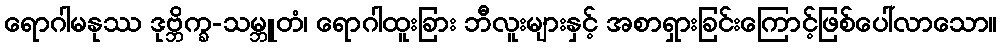
ရောဂါမနုဿ ဒုဗ္ဘိက္ခ-သမ္ဘူတံ၊ ရောဂါထူးခြား ဘီလူးများနှင့် အစာရှားခြင်းကြောင့်ဖြစ်ပေါ်လာသော။